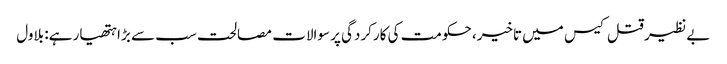
بے نظیر قتل کیس میں تاخیر، حکومت کی کارکردگی پر سوالات مصالحت سب سے بڑا ہتھیار ہے: بلاول